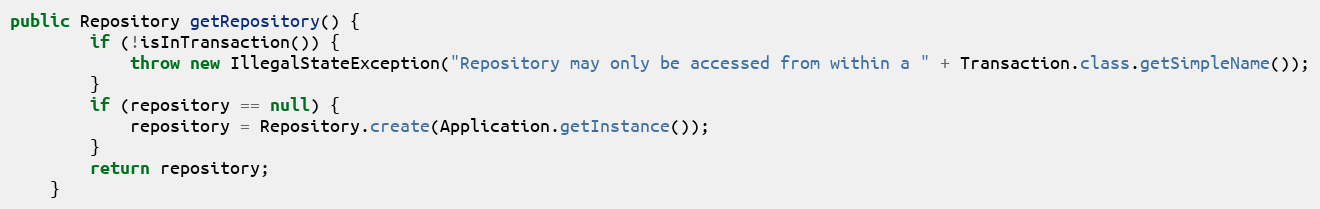
Language: Java
public Repository getRepository() {
		if (!isInTransaction()) {
			throw new IllegalStateException("Repository may only be accessed from within a " + Transaction.class.getSimpleName());
		}
		if (repository == null) {
			repository = Repository.create(Application.getInstance());
		}
		return repository;
	}